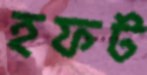
হফট